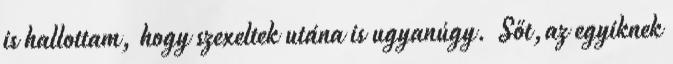
is hallottam, hogy szexeltek utána is ugyanúgy. Sőt,az egyiknek